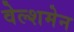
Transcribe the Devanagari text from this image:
वेल्शमेन